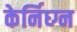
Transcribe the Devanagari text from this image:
केर्निघ्ग्न